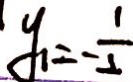
y = - \frac { 1 } { 2 }